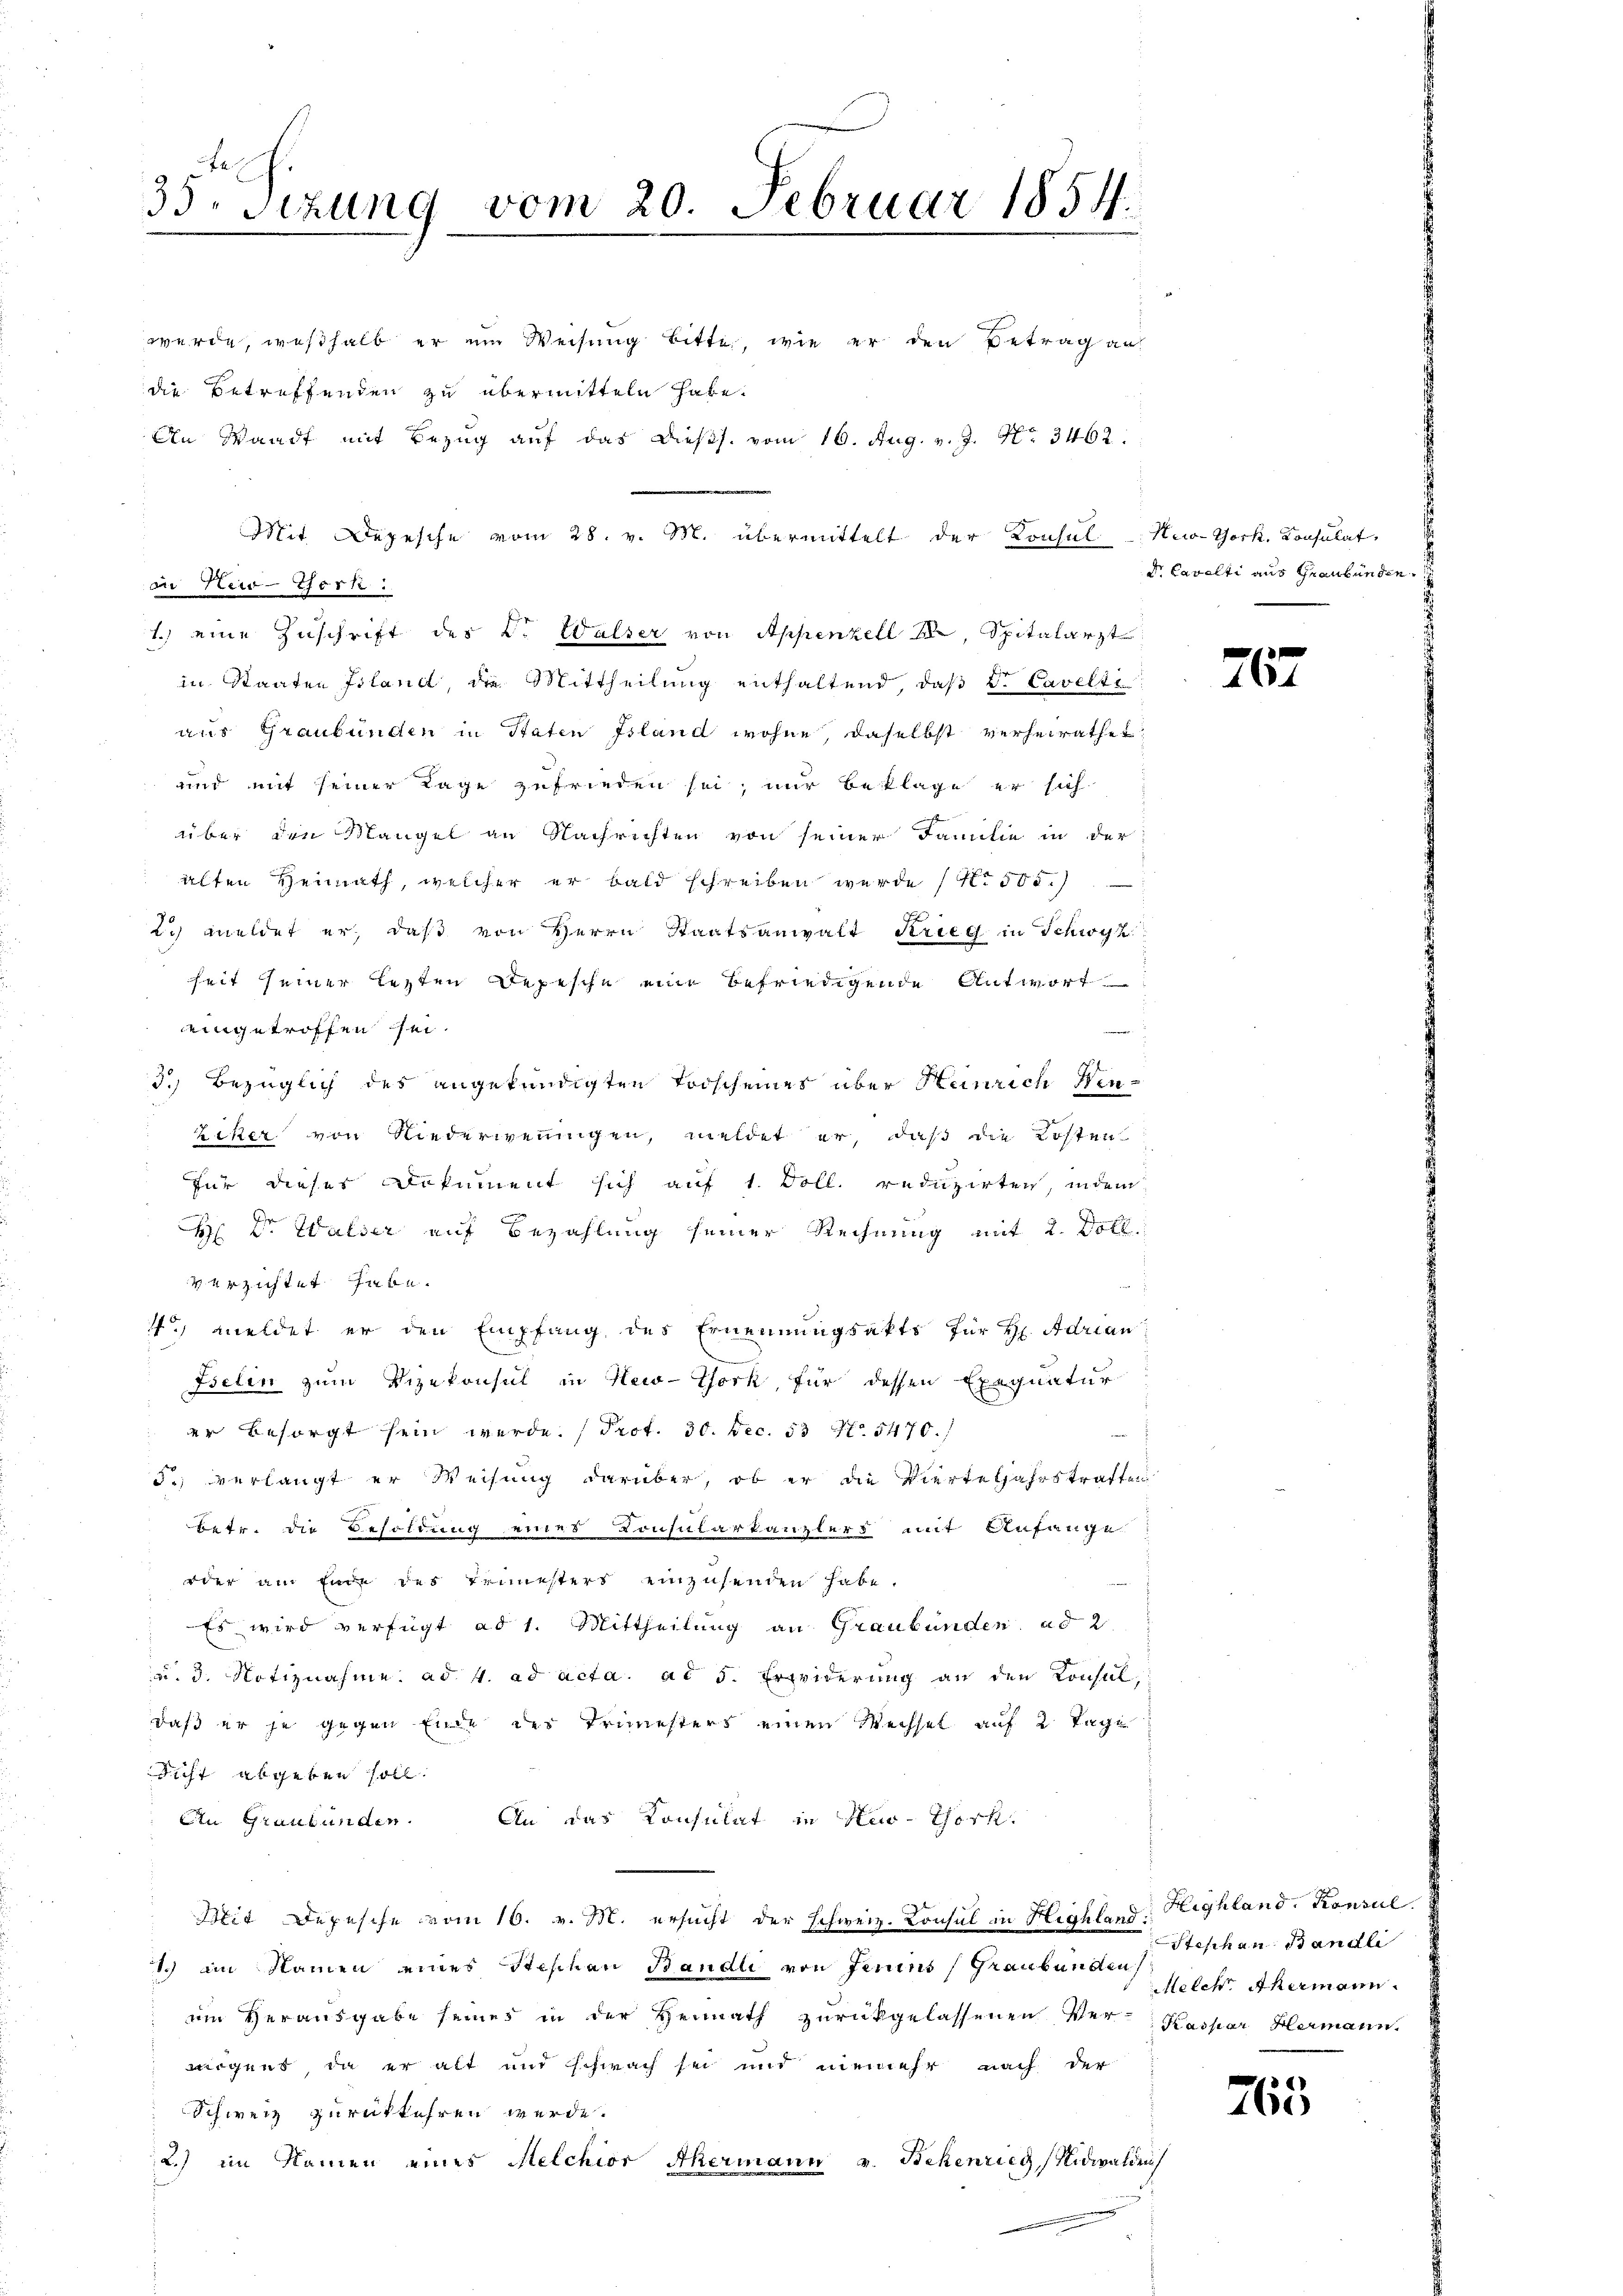
35 sezung vom 20. Februar 1854.

werde, weßhalb er ein Weisung bitte, wie er den Betrag auf
die Betreffenden zu übermitteln habe.
An Waadt mit Bezug auf das Diess. vom 16. Aug. v. J. No 3462.
Mit Depesche vom 28. v. M. übermittelt der Konsul Neo-York, Konsulat,
in New-York :
1.) eine Zuschrift des Dr. Walser von Appenzell I., Spitalarzt
in Staaten Island die Mittheilung enthaltend, daß d. Cavelte
aus Graubünden in Staten Island wohne, daselbst verheirathet
und mit seiner Lage zufrieden sei; nur beklage er sich
über den Mangel an Nachrichten von seiner Familie in der
alten Heimath, welcher er bald schreiben wurde (1505.)
2. meldet er, daß von Herrn Staatsanwalt Krieg in Schwyz.
heit seiner lezten Depesche ein befriedigende Antwort
eingetroffen sei.
geeig
3.) Bezüglich des angekündigten Todscheines über Heinrich Winziker von Niederweningen, meldet er, daß die Kosten
für dieses Dokument sich auf 1. Doll. reduzirten, indem
H Dr. Walser auf Bezahlung seiner Rechnung mit 2. Doll
verzichtet habe.
4. meldet er den Empfang des Ernennungsakts für Hr. Adrian
Iselin zum Vizekonsul in New-York, für dessen Exequatur
er besorgt sein werde. (Prot. 30. Dec. 53 No 5470. /
5.) verlangt er Weisung darüber, ob er die Vierteljahrstraften
betr. die Besoldung eines Consularkanzlers mit Anfange
oder am Ende des Trimesters einzusenden habe.
Es wird verfügt ad 1. Mittheilung an Graubünden ad 2
a. 3. Notiznahme ad 4. ad acta. ad 5. Erwiderung an den Konsul
daß er je gegen Eine des Trimesters einen Wechsel auf 2 Tage
dicht abgeben soll.
An Graubünden. An das Konsulat in Hus-York
Mit Depesche vom 16. v. M. ersucht der Schweiz. Konsul in Highland: Highland, Konsul
1.) Ein Namen eines Stephan Bändli von Feriens (Graubünden,
im Verausgabe seines in der Heimath zurückgelassenen Ver- Kaspar Hermann.
nögens, da er alt und schwach sei und niemehr nach der
Schweiz zurückkehren werde.
2.) im Namen eines Melchior Ahermann v. Bekenrieg, Nidwalden

Dr. Cavelti aus Graubünden

f
26.

Stephan Bandle
Melch. Ahermann.

765.